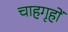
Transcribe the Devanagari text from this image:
चाहगृहों